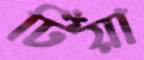
টিঁয়া